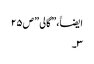
ایضاََ،” گالی ” ص۲۵
۳۔